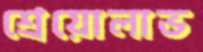
শ্রেয়োলাভ